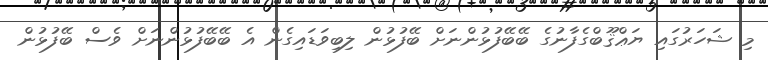
މި ޝަހަރުގައި ޔަޢްޤޫބްގެފާނުގެ ބޭބޭފުޅުންނަށް ބޭފުޅުން ލިބިވަޑައިގެން އެ ބޭބޭފުޅުންނަށް ވެސް ބޭފުޅުން